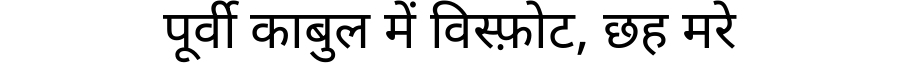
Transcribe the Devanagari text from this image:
पूर्वी काबुल में विस्फ़ोट, छह मरे